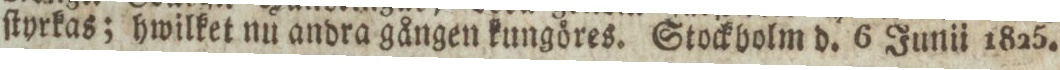
ſtyrkas; hwilket nu andra gången kungöres. Stockholm d. 6 Junii 1825.